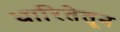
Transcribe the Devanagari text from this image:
धारितेतून